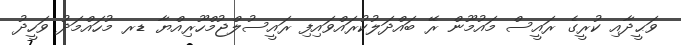
ވަޙީދާއި ކުރީގެ ރައީސް މައުމޫން ރޭ ބައްދަލުކުރައްވައިފި ރައީސުލްޖުމްހޫރިއްޔާ ޑރ މުހައްމަދު ވަހީދު